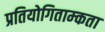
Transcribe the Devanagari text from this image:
प्रतियोगिताम्कता